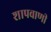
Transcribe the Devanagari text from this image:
शापवाणी